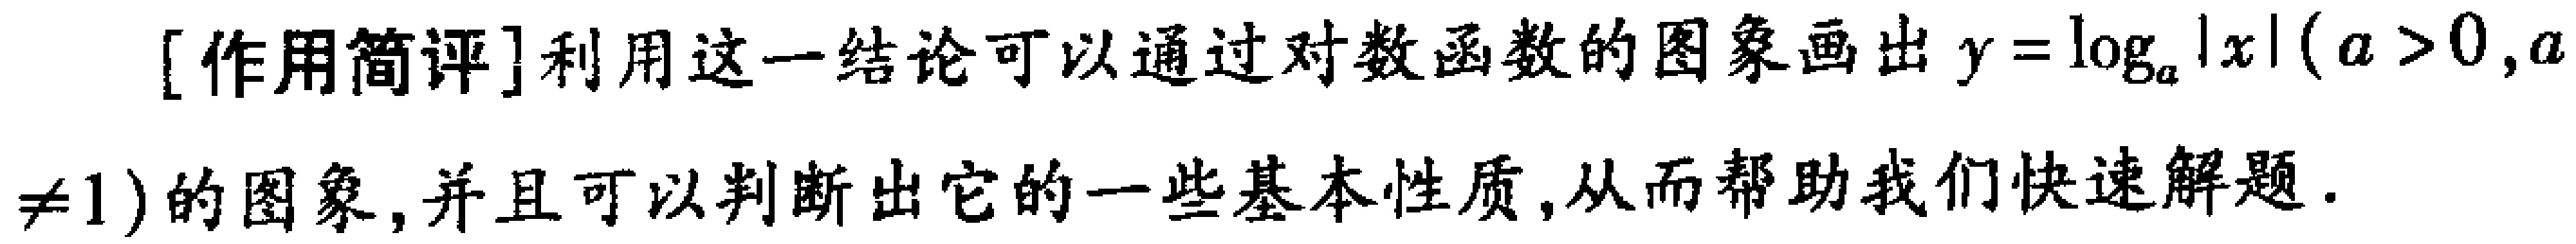
[作用简评]利用这一结论可以通过对数函数的图象画出\(y = \log_{a}|x|(a > 0,a\neq 1)\)的图象,并且可以判断出它的一些基本性质,从而帮助我们快速解题.